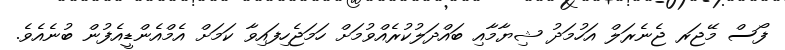
ފޯސް މޭޖަރ ޖެނެރަލް އަހުމަދު ޝިޔާމާއި ބައްދަލުކުރެއްވުމަށް ހަމަޖެހިފައިވާ ކަމަށް އެމްއެންޑީއެފުން ބުނެއެެވެ.